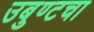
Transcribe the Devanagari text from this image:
उबुण्टचा